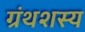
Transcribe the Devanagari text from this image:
ग्रंथशस्य